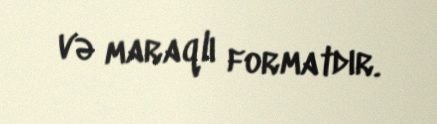
və maraqlı formatdır.